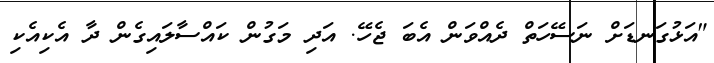
"އަޅުގަނޑަށް ނަސޭހަތް ދެއްވަން އެބަ ޖެހޭ. އަދި މަގުން ކައްސާލައިގެން ދާ އެކިއެކި